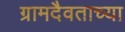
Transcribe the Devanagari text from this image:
ग्रामदैवताच्या